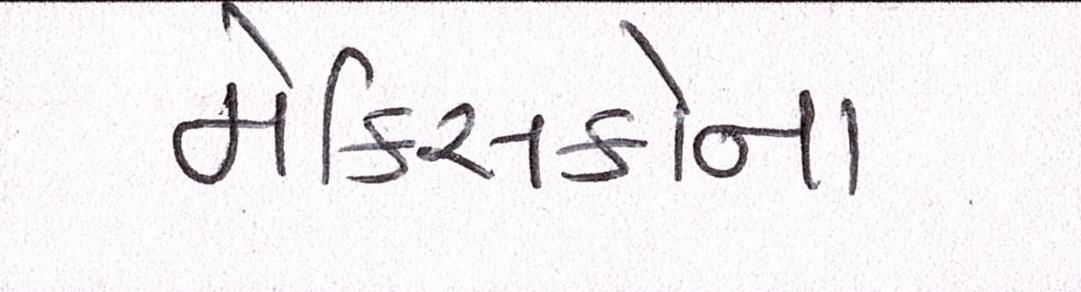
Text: મેક્સિકોના